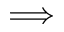
\Longrightarrow